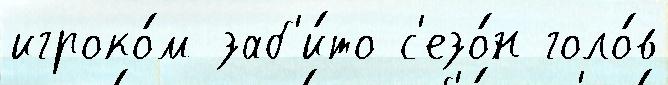
игроко́м заб'и́то с'езо́н голо́в